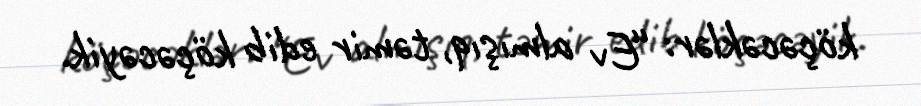
köçəcəklər: “Ev almışıq, təmir edib köçəcəyik.